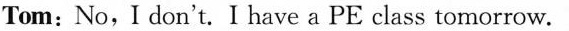
Tom: No,I don't. I have a PE class tomorrow.